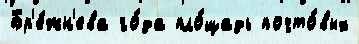
Бр'е́жн'ева го́да пло́щадь почто́вых